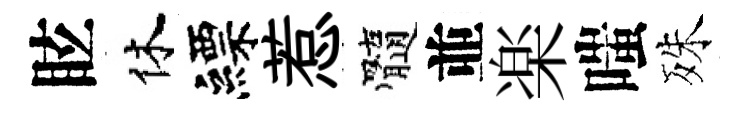
眩休縹惹髓並楽嗤殊